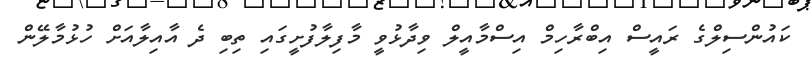
ކައުންސިލްގެ ރައީސް އިބްރާހިމް އިސްމާއީލް ވިދާޅުވީ މާފިލާފުށީގައި ތިބި ދެ އާއިލާއަށް ހުޅުމާލޭން